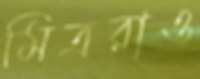
মিত্ররাও